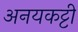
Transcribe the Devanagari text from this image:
अनयकट्टी